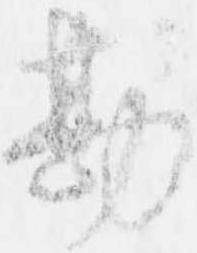
勘